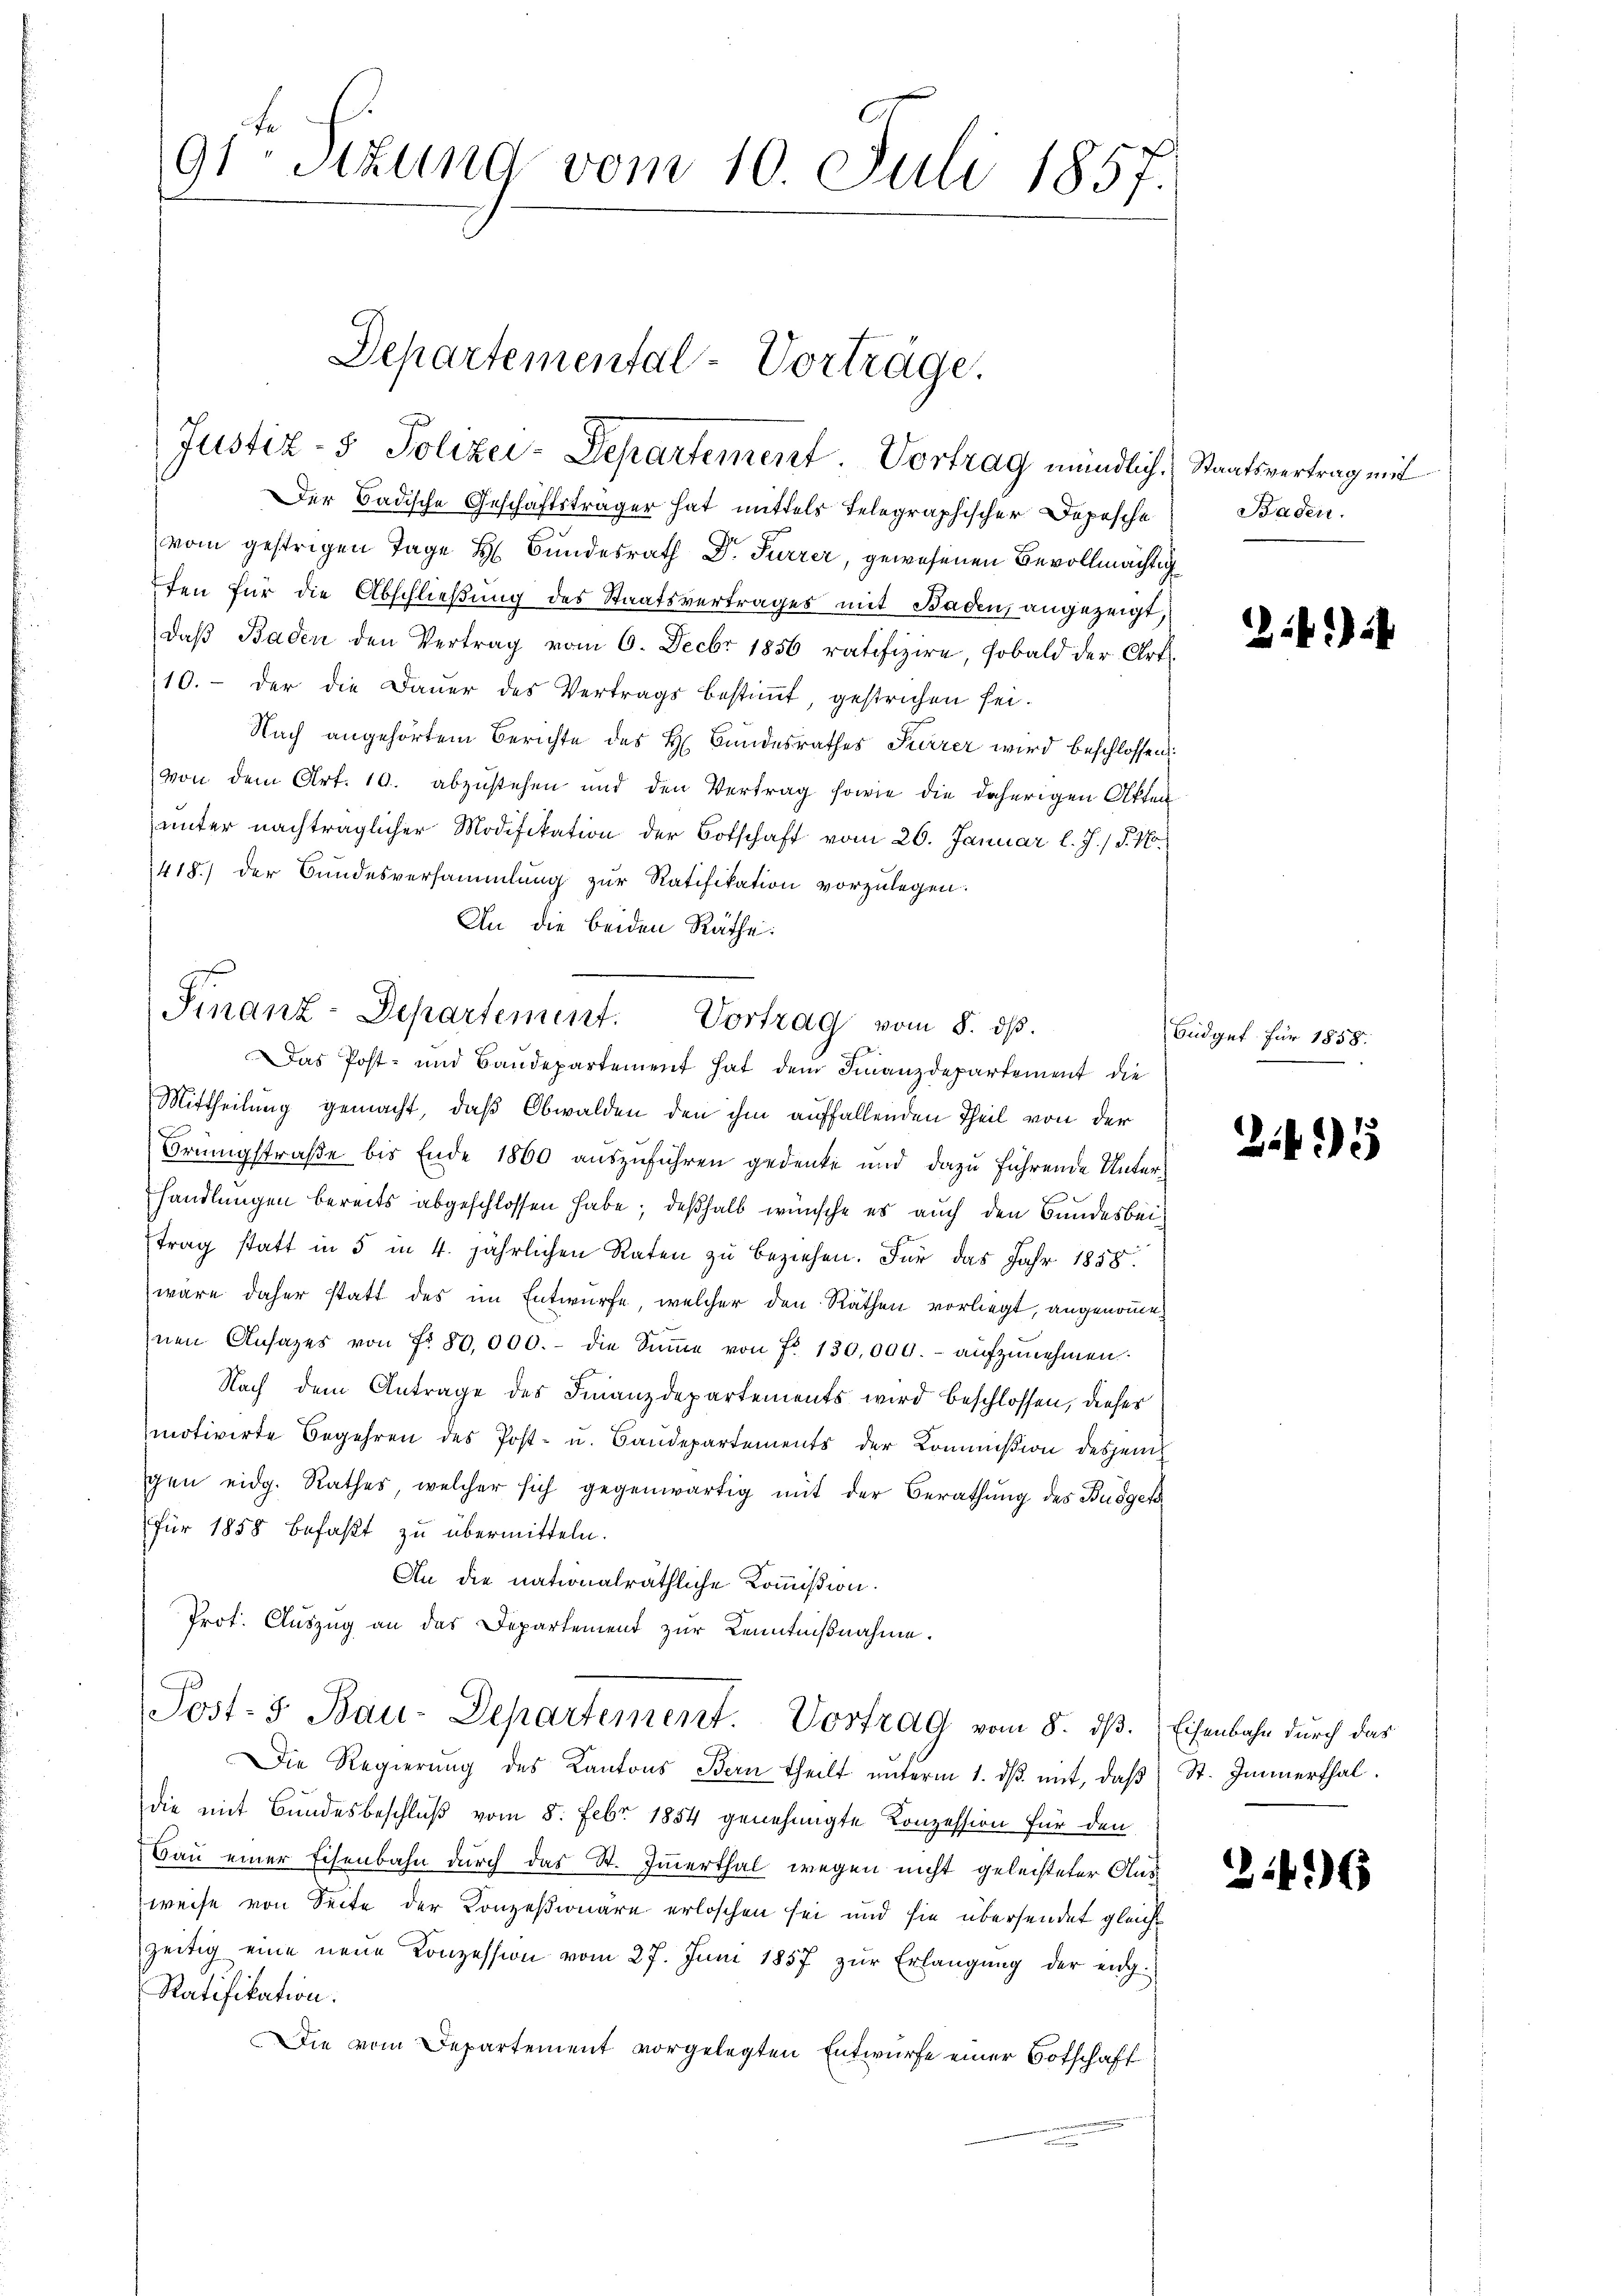
Der Badische Geschäftsträger hat mittels Telegraphischer Dopesche
(vom gestrigen Tage H. Bundesrath Dr. Furrer, gewesenen Bevollmächtig
ten für die Abschließung des Staatsvertrages mit Baden, angezeigt,
daβ Baden den Vertrag vom 6. Decbr 1856 ratifizire, sobald der Art.
10.- der die Dauer des Vertrags bestiṁt, gestrichen sei.
Nach angehörtem Berichte des H. Bundesrathes Pierrer wird beschlossen:
von dem Art. 10. abzustehen und den Vertrag sowie die daherigen Atten
unter nachträglicher Modifikation der Botschaft vom 26. Januar l. J. / §. 1.
418) der Bundesversammlung zur Ratifikation vorzulegen.
An die beiden Räthe:

91 Sitzung vom 10. Juli 1857.

Departemental-Vorträge.
Justiz- & Polizei-Departement. Vortrag mündlich.

Finanz-Departement. Vortrag vom 8. dβ.
Das Post- und Baudepartement hat dem Finanzdepartement die

Mittheilung gemacht, daß Obwalden den ihm auffallenden Theil von der
Brüngstraße bis Ende 1860 auszuführen gedenke und dazu führende Unterhandlungen bereits abgeschlossen habe; deßhalb wünsche es auch den Bundesbeitrag statt in 5 in 4. jährlichen Raten zu beziehen. Für das Jahr 1858.
wäre daher statt des im Entwurfe, welcher den Räthen vorliegt, angenomme¬
Inen Ansages von fr. 80,000.- die Sŭṁe von Fr. 130,000.- aŭfzŭnehmen.
Nach dem Antrage des Finanzdepartements wird beschlossen, dieses
motivirte Begehren des Post- u. Baudepartements der Kommißion desjenigen eidg. Rathes, welcher sich gegenwärtig mit der Berathung des Budget
für 1858 befaßt zu übermitteln.
An die nationalräthliche Kommißion.
Prot. Auszug an das Departement zur Kenntnißnahme.
Post- & Bau-Departement. Vortrag vom 8. dß. Eisenbahn durch das
Die Regierung des Kantons Bern theilt unterm 1. dβ mit, daß
die mit Bundesbeschluß vom 8. Febr 1854 genehmigte Konzession für den
Bau einer Eisenbahn durch das St. Immerthal wegen nicht geleisteter Aus
weise von Seite der Konzesionäre erloschen sei und sie übersendet gleichzeitig eine neue Konzession vom 27. Jŭni 1857 zŭr Erlangŭng der eng-
Ratifikation.
Die vom Departement vorgelegten Entwurfe einer Botschaft

Staatsvertrag mit
Baden.

2i) i

Büdget für 1858.

25

St. Immerthal.

246